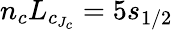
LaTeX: n_{c}L_{c_{J_{c}}}=5s_{1/2}